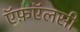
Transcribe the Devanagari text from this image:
ऍफ़ऍलसी